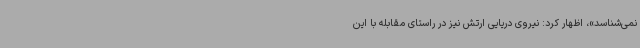
نمی‌شناسد»، اظهار کرد: نیروی دریایی ارتش نیز در راستای مقابله با این